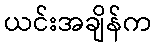
ယင်းအချိန်က